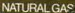
NATURAL GAS